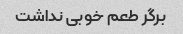
برگر طعم خوبی نداشت